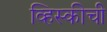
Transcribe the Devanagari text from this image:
व्हिस्कीची